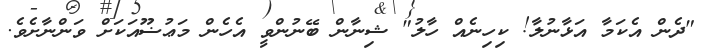
"ދެން އެކަމާ އަޅާނުލާ! ކިހިނެއް ހާލު" ޝިނާން ބޭނުންވީ އެހެން މަޢުޟޫއަކަށް ވަންނާށެވެ.